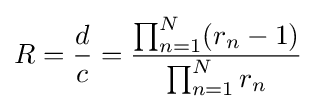
R={\frac {d}{c}}={\frac {\prod _{n=1}^{N}(r_{n}-1)}{\prod _{n=1}^{N}r_{n}}}